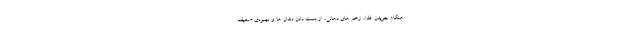
هنگام جویدن غذا، زخم های دهانی، از دست دادن دندان ها و بهبودی ضعیف